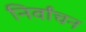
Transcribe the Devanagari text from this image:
निर्वांचन